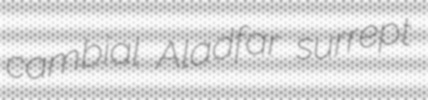
cambial Aladfar surrept